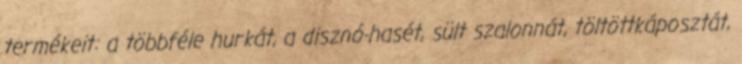
termékeit: a többféle hurkát, a disznó-hasét, sült szalonnát, töltöttkáposztát,